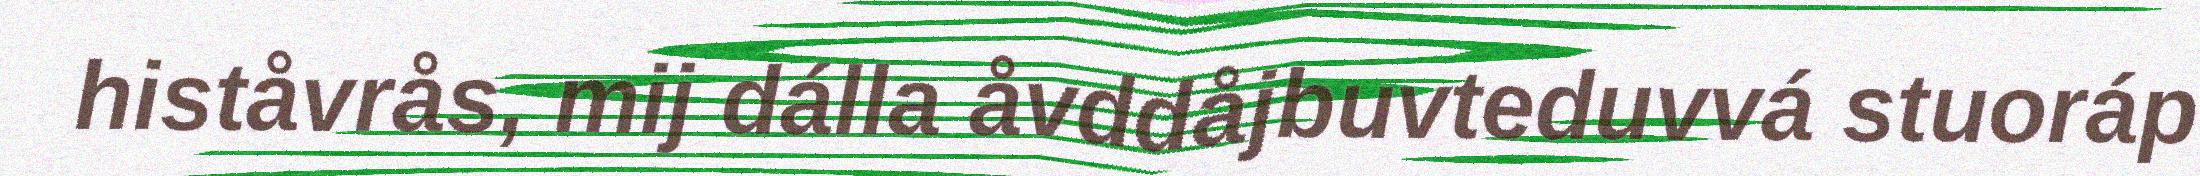
histåvrås, mij dálla åvddåjbuvteduvvá stuoráp